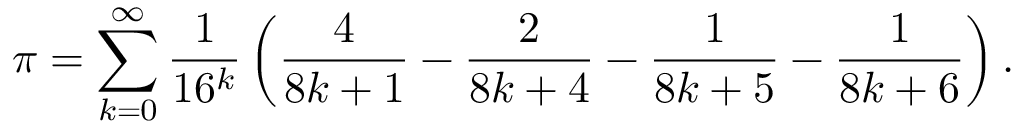
\pi = \sum _ { k = 0 } ^ { \infty } { \frac { 1 } { 1 6 ^ { k } } } \left( { \frac { 4 } { 8 k + 1 } } - { \frac { 2 } { 8 k + 4 } } - { \frac { 1 } { 8 k + 5 } } - { \frac { 1 } { 8 k + 6 } } \right) .